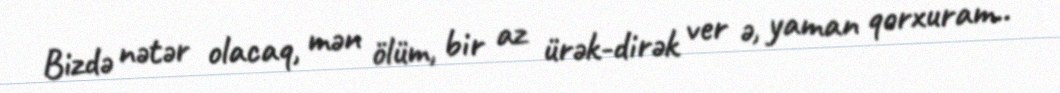
Bizdə nətər olacaq, mən ölüm, bir az ürək-dirək ver ə, yaman qorxuram..